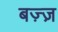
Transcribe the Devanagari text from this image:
बज़्ज़